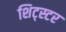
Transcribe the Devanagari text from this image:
शिट्स्टर